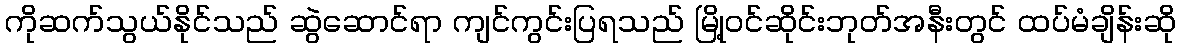
ကိုဆက်သွယ်နိုင်သည် ဆွဲဆောင်ရာ ကျင်ကွင်းပြရသည် မြို့ဝင်ဆိုင်းဘုတ်အနီးတွင် ထပ်မံချိန်းဆို